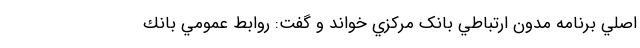
اصلي برنامه مدون ارتباطي بانک مرکزي خواند و گفت: روابط عمومي بانك